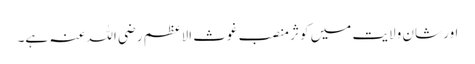
اور شانِ ولایت میں کوثر منصبِ غوث الاعظم رضی اللہ عنہ ہے۔